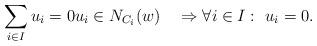
LaTeX: \begin{align*}\sum_{i\in I} u_i =0 u_i\in N_{C_i}(w)\quad\Rightarrow\forall i\in I:\ u_i=0.\end{align*}